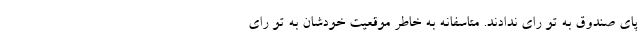
پای صندوق به تو رای ندادند. متاسفانه به خاطر موقعیت خودشان به تو رای